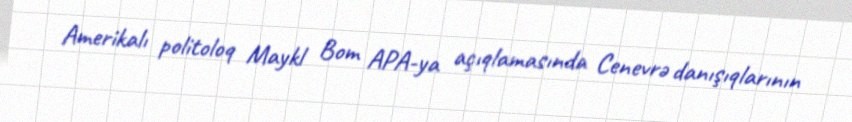
Amerikalı politoloq Maykl Bom APA-ya açıqlamasında Cenevrə danışıqlarının